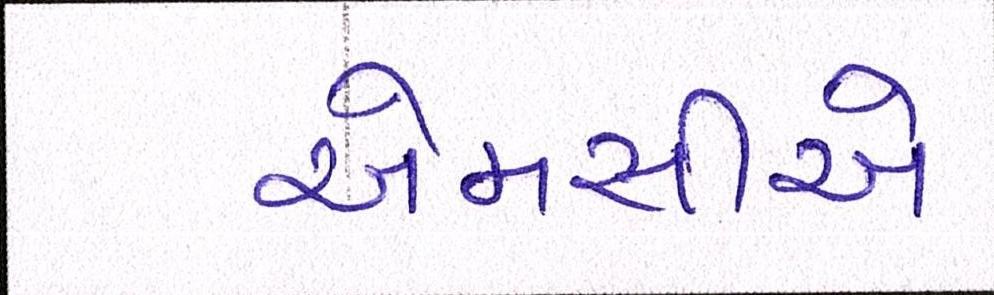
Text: એમસીએ